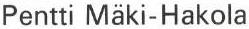
Pentti Mäki-Hakola